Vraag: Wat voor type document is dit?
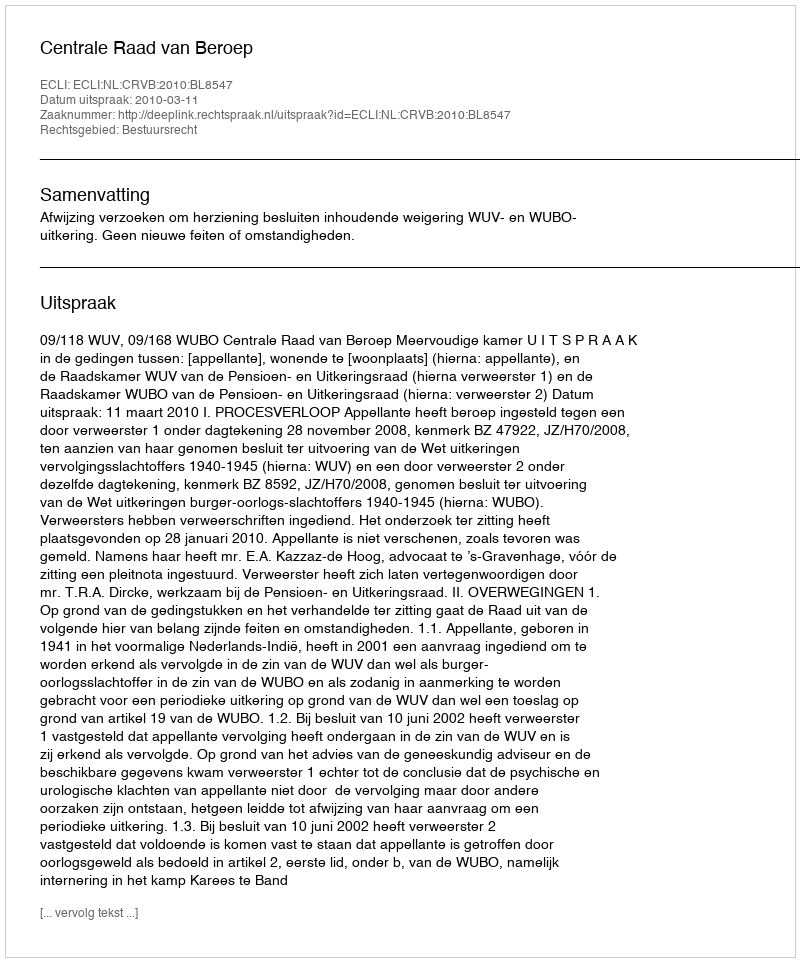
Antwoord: Uitspraak